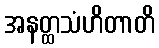
အနတ္ထသံဟိတာတိ